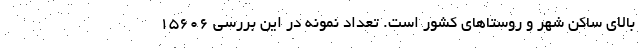
بالای ساکن شهر و روستاهای کشور است. تعداد نمونه در این بررسی ۱۵۶۰۶